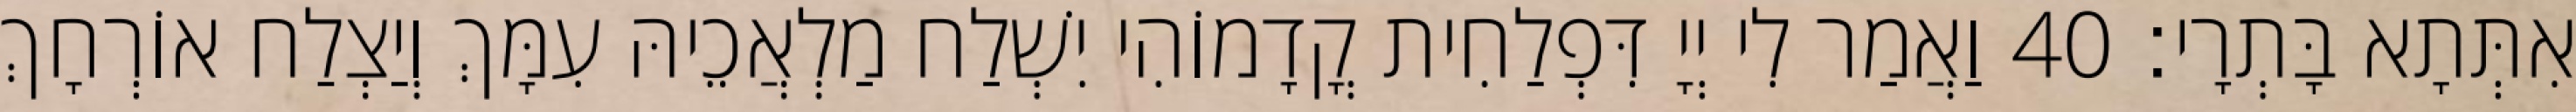
אִתְּתָא בָּתְרָי׃ 40 וַאֲמַר לִי יְיָ דִּפְלַחִית קֳדָמוֹהִי יִשְׁלַח מַלְאֲכֵיהּ עִמָּךְ וְיַצְלַח אוֹרְחָךְ